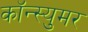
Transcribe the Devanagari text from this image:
कॉन्स्युमर